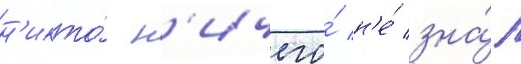
н'икто́ н'ичего́ н'е́ зна́л